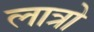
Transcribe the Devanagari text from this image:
लात्रो